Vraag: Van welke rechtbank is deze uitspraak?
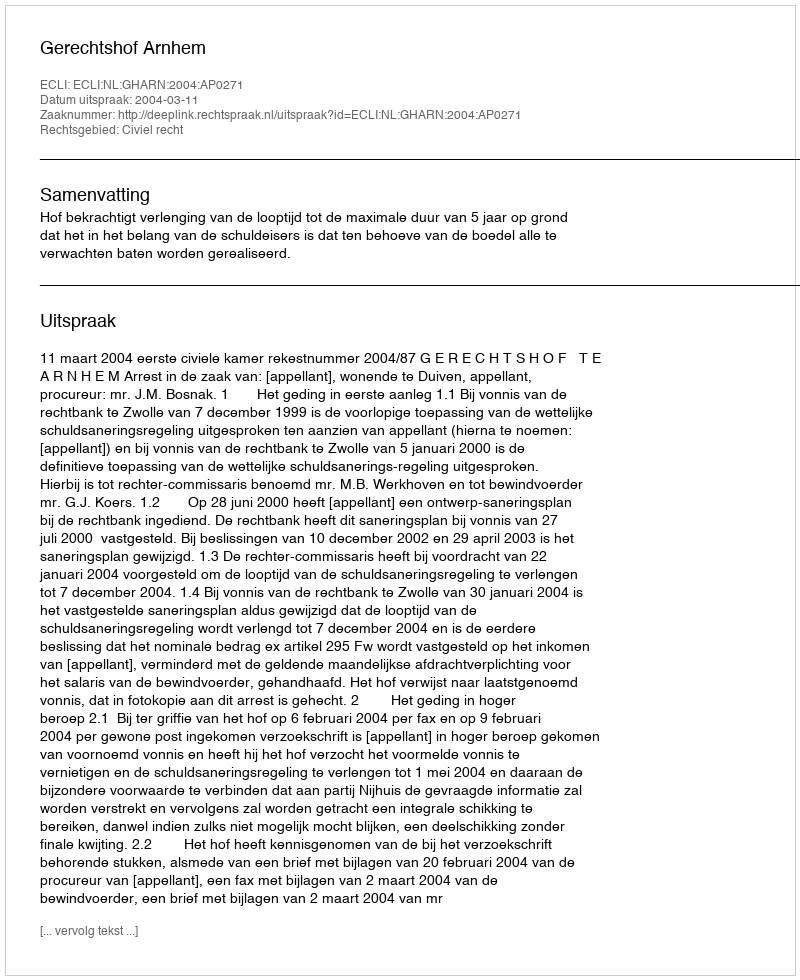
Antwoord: Gerechtshof Arnhem